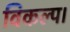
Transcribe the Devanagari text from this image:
विकल्प।